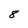
Character: 8